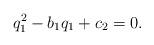
LaTeX: \begin{align*} q_1^2-b_1q_1+c_2=0. \end{align*}